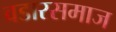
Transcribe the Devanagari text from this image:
वडारसमाज